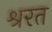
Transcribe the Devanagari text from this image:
श्ररत